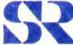
SR